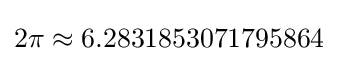
2\pi \approx 6.2831853071795864